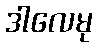
ဒါလေမု